Report on the treatment of epidemic cholera: from information collected by the governments of Bengal, Madras, Bombay, N.W. Provinces, Punjab, Oudh, and Central India, by order of the Government of India
Disease focus: Cholera
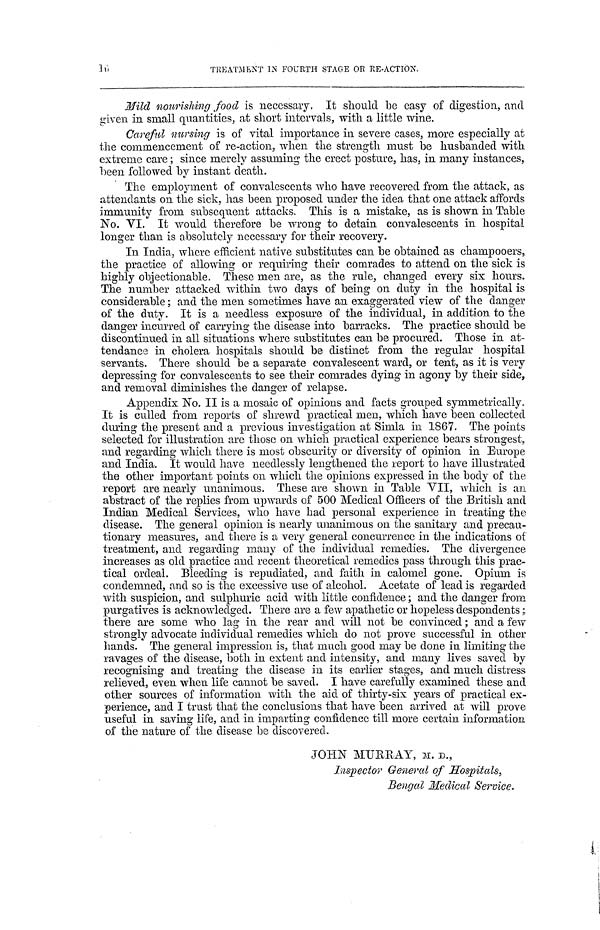
16
TREATMENT IN FOURTH STAGE OR RE-ACTION.
Mild nourishing food is necessary. It should be easy of digestion, and
given in small quantities, at short intervals, with a little wine.
Careful nursing is of vital importance in severe cases, more especially at
the commencement of re-action, when the strength must be husbanded with
extreme care ; since merely assuming the erect posture, has, in many instances,
been followed by instant death.
The employment of convalescents who have recovered from the attack, as
attendants on the sick, has been proposed under the idea that one attack affords
immunity from subsequent attacks. This is a mistake, as is shown in Table
No. VI. It would therefore be wrong to detain convalescents in hospital
longer than is absolutely necessary for their recovery.
In India, where efficient native substitutes can be obtained as champooers,
the practice of allowing or requiring their comrades to attend on the sick is
highly objectionable. These men are, as the rule, changed every six hours.
The number attacked within two days of being on duty in the hospital is
considerable; and the men sometimes have an exaggerated view of the danger
of the duty. It is a needless exposure of the individual, in addition to the
danger incurred of carrying the disease into barracks. The practice should be
discontinued in all situations where substitutes can be procured. Those in at-
tendance in cholera hospitals should be distinct from the regular hospital
servants. There should be a separate convalescent ward, or tent, as it is very
depressing for convalescents to see their comrades dying in agony by their side,
and removal diminishes the danger of relapse.
Appendix No. II is a mosaic of opinions and facts grouped symmetrically.
It is culled from reports of shrewd practical men, which have been collected
during the present and a previous investigation at Simla in 1867. The points
selected for illustration are those on which practical experience bears strongest,
and regarding which there is most obscurity or diversity of opinion in Europe
and India. It would have needlessly lengthened the report to have illustrated
the other important points on which the opinions expressed in the body of the
report are nearly unanimous. These are shown in Table VII, which is an
abstract of the replies from upwards of 500 Medical Officers of the British and
Indian Medical Services, who have had personal experience in treating the
disease. The general opinion is nearly unanimous on the sanitary and precau-
tionary measures, and there is a very general concurrence in the indications of
treatment, and regarding many of the individual remedies. The divergence
increases as old practice and recent theoretical remedies pass through this prac-
tical ordeal. Bleeding is repudiated, and faith in calomel gone. Opium is
condemned, and so is the excessive use of alcohol. Acetate of lead is regarded
with suspicion, and sulphuric acid with little confidence; and the danger from
purgatives is acknowledged. There are a few apathetic or hopeless despondents;
there are some who lag in the rear and will not be convinced; and a few
strongly advocate individual remedies which do not prove successful in other
hands. The general impression is, that much good may be done in limiting the
ravages of the disease, both in extent and intensity, and many lives saved by
recognising and treating the disease in its earlier stages, and much distress
relieved, even when life cannot be saved. I have carefully examined these and
other sources of information with the aid of thirty-six years of practical ex-
perience, and I trust that the conclusions that have been arrived at will prove
useful in saving life, and in imparting confidence till more certain information
of the nature of the disease be discovered.
JOHN MURRAY, M. D,
Inspector General of Hospitals.,
Bengal Medical Service.